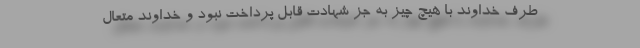
طرف خداوند با هیچ چیز به جز شهادت قابل پرداخت نبود و خداوند متعال